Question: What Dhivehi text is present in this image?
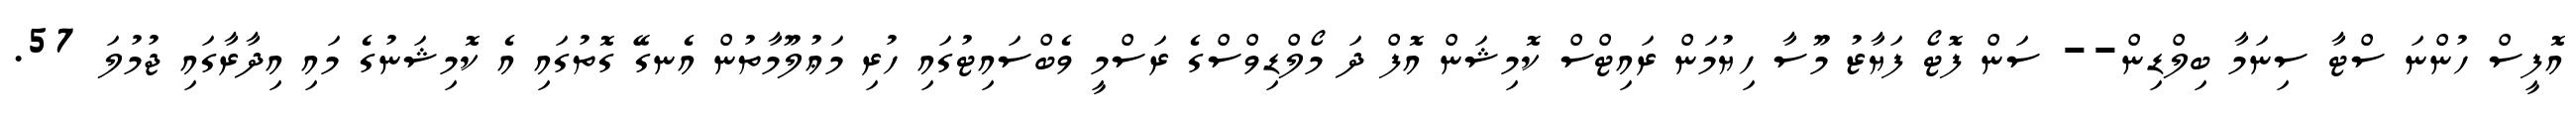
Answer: އޮފީސް ހުންނަ ސްޓާ ސިނަމާ ބިލްޑިން-- ސަން ފޮޓޯ ފަޔާޒު މޫސާ ހިޔުމަން ރައިޓްސް ކޮމިޝަން އޮފް ދަ މޯލްޑިވްސްގެ ރަސްމީ ވެބްސައިޓުގައި ހުރި މަޢުލޫމާތުން އެނގޭ ގޮތުގައި އެ ކޮމިޝަނުގެ މައި އިދާރާގައި ޖުމުލަ 57.